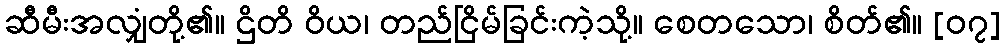
ဆီမီးအလျှံတို့၏။ ဌိတိ ဝိယ၊ တည်ငြိမ်ခြင်းကဲ့သို့။ စေတသော၊ စိတ်၏။ [၀၇]